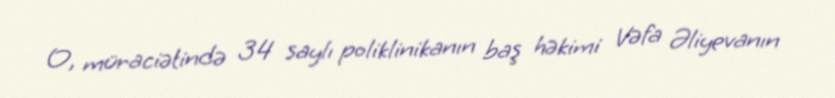
O, müraciətində 34 saylı poliklinikanın baş həkimi Vəfa Əliyevanın